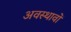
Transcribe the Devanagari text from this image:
अवस्थावों